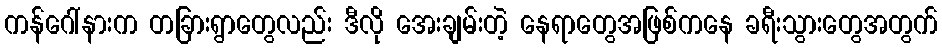
ကန်ဂေါ်နားက တခြားရွာတွေလည်း ဒီလို အေးချမ်းတဲ့ နေရာတွေအဖြစ်ကနေ ခရီးသွားတွေအတွက်